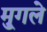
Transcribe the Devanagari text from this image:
मु्गले